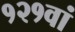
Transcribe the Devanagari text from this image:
१२१वां